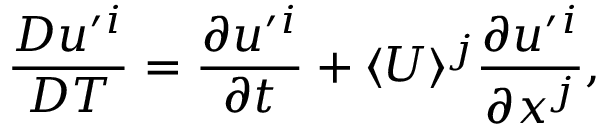
\frac { D u ^ { \prime } { } ^ { i } } { D T } = \frac { \partial u ^ { \prime } { } ^ { i } } { \partial t } + \langle U \rangle ^ { j } \frac { \partial u ^ { \prime } { } ^ { i } } { \partial x ^ { j } } ,